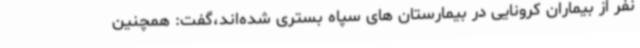
نفر از بیماران کرونایی در بیمارستان های سپاه بستری شده‌اند،گفت: همچنین